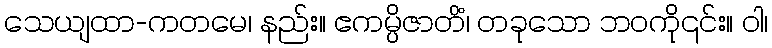
သေယျထာ-ကတမေ၊ နည်း။ ဧကမ္ပိဇာတိံ၊ တခုသော ဘဝကို၎င်း။ ဝါ၊